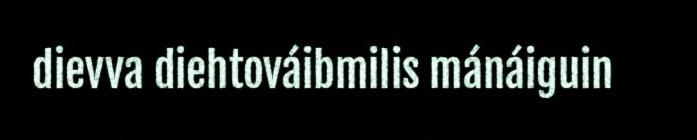
dievva diehtováibmilis mánáiguin